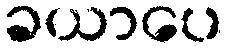
ခယာပေ